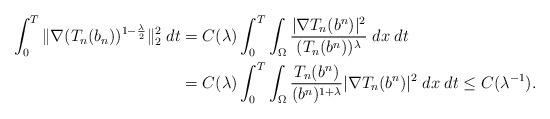
LaTeX: \begin{align*}\int_0^T \|\nabla (T_n(b_n))^{1-\frac{\lambda}{2}}\|_2^2\; dt &= C(\lambda)\int_0^T \int_{\Omega} \frac{|\nabla T_n(b^n)|^2}{(T_n(b^n))^{\lambda}}\;dx \; dt\\&=C(\lambda)\int_0^T \int_{\Omega} \frac{T_n(b^n)}{(b^n)^{1+\lambda}}|\nabla T_n(b^n)|^2\;dx \; dt \le C(\lambda^{-1}). \end{align*}